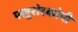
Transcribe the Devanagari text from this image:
फ्लूरोस्कोपी